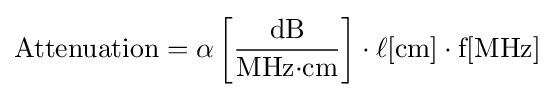
{\text{Attenuation}}=\alpha \left[{\frac {\text{dB}}{{\text{MHz}}{\cdot }{\text{cm}}}}\right]\cdot \ell [{\text{cm}}]\cdot {\text{f}}[{\text{MHz}}]